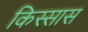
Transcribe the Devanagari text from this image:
किस्सास